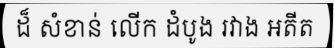
ដ៏ សំខាន់ លើក ដំបូង រវាង អតីត